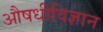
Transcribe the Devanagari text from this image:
औषधीविज्ञान